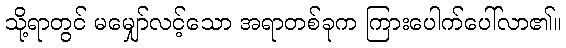
သို့ရာတွင် မမျှော်လင့်သော အရာတစ်ခုက ကြားပေါက်ပေါ်လာ၏။